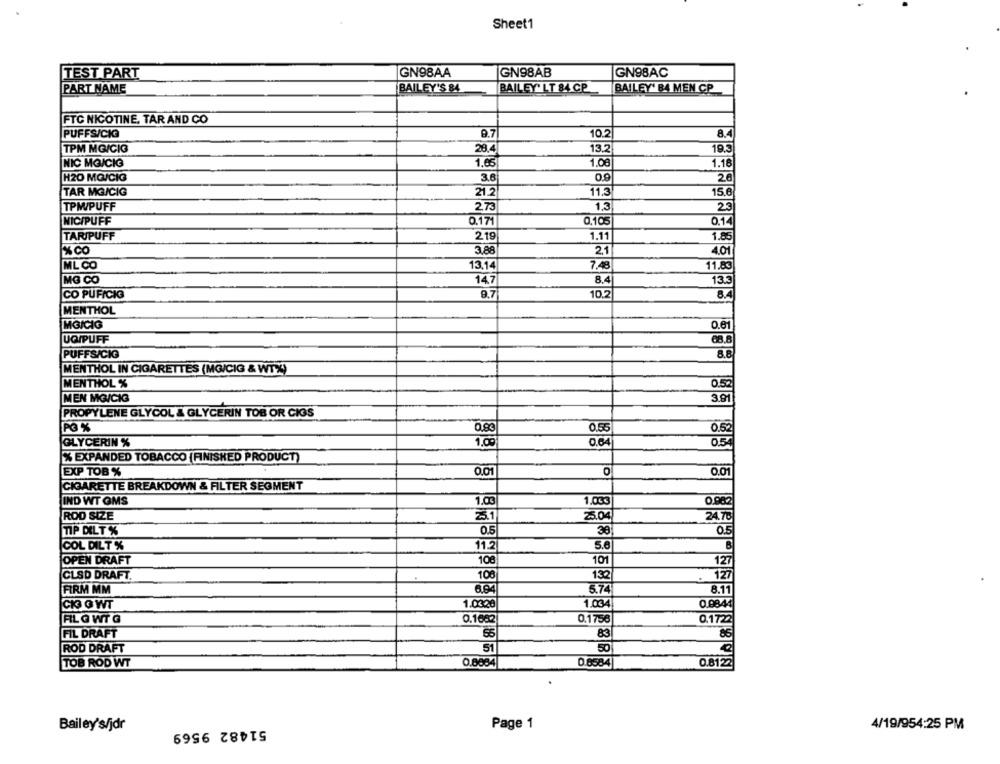
Sheet1
TEST PART
GN98AA
GN98AB
GN98AC
PART NAME
BAILEY'S 84
BAILEY' LT 84 CP
BAILEY' BA MEN CP
FTC NICOTINE. TAR AND CO
PUFFS/CIGG
9.7
10.2
8.4
TPM MG/CIG
28.4
13.2
19.3
NIC MG/CIG
1.65
1.08
1.18
H2O MOICIG
3.6
20
TAR MG/CIG
21.2
11.3
15,6
273
1,3
23
TPM/PUFF
NICIPUFF
0.171
0.105
0.1
TARJPUFF
219
1.11
1.85
%co
3.88
2.1
4.01
ML CO
13.14
7.48
11.83
MG CO
14.7
8.4
135
CO PUFICIO
9.7
10.2
8.4
MENTHOL
MG/CIG
0.61
UQ/PUFF
PUFFS/CIG
MENTHOL IN CIGARETTES (MG/CIG & WTX)
0.52
MENTHOL %
MEN MG/CIG
3.91
PROPYLENE GLYCOL & GLYCERIN TOB OR CIGS
PO %
0.55
0.52
GLYCERIN %
1.09
0.64
% EXPANDED TOBACCO (FINISHED PRODUCT)
EXP TOB %
0.01
O
0.01
CIGARETTE BREAKDOWN & FILTER SEGMENT
IND WT OMS
1.0€
1.00€
0.982
ROD SIZE
25.1
25.04
24.70
TIP DELT%
0.5
38
0.5
COL DILT%
11.2
5.6
B
OPEN DRAFT
108
101
127
CLSD DRAFT.
100
132
127
5.74
8.11
FIRM MM
6.94
1.03.20
1.034
0.9844
CK OWT
RLO WT G
0.1662
0.1756
0.1722
FIL DRAFT
55
83
86
ROD DRAFT
51
50
TOB ROD WT
0.8084
0.6584
0.8122
Bailey's/jdr
51482 9569
Page 1
4/19/954:25 PM